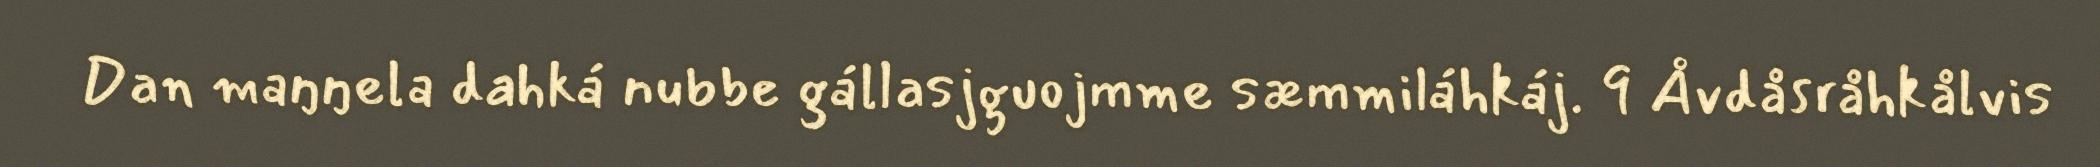
Dan maŋŋela dahká nubbe gállasjguojmme sæmmiláhkáj. 9 Åvdåsråhkålvis